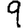
Digit: 9